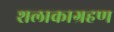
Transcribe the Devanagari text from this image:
शलाकाग्रहण